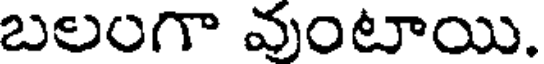
బలంగా వుంటాయి.